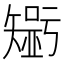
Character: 𱳤